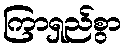
ကြာရှည်စွာ